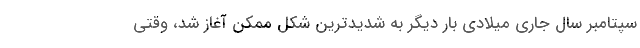
سپتامبر سال جاری میلادی بار دیگر به شدیدترین شکل ممکن آغاز شد، وقتی